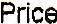
PRICE